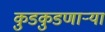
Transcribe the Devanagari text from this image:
कुडकुडणाऱ्या